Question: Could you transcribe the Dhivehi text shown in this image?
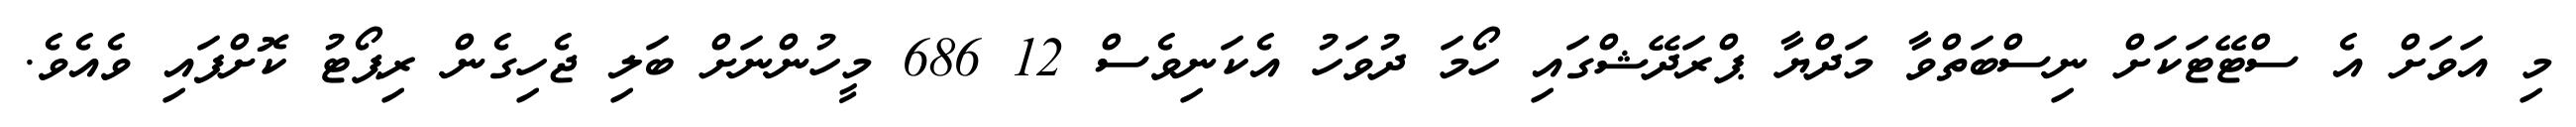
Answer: މި އަވަށް އެ ސްޓޭޓަކަށް ނިސްބަތްވާ މަދްޔާ ޕްރަދޭޝްގައި ހޯމަ ދުވަހު އެކަނިވެސް 12 686 މީހުންނަށް ބަލި ޖެހިގެން ރިޕޯޓު ކޮށްފައި ވެއެވެ.